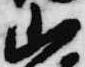
山